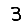
Digit: 3